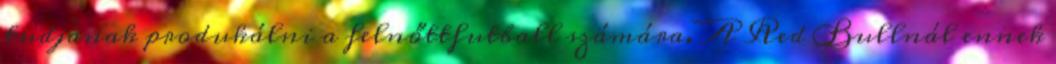
tudjanak produkálni a felnőttfutball számára. A Red Bullnál ennek